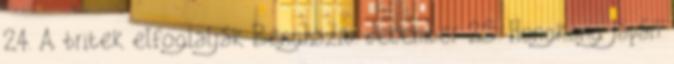
24. A britek elfoglalják Benghazit. december 25. Hongkong japán